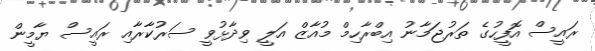
ރައީސް އޮފީހުގެ ތަރުޖަމާނު އިބްރާހިމް މުއާޒް އަލީ ވިދާޅުވީ ސަރުކާރާއި ރައީސް ޔާމީން